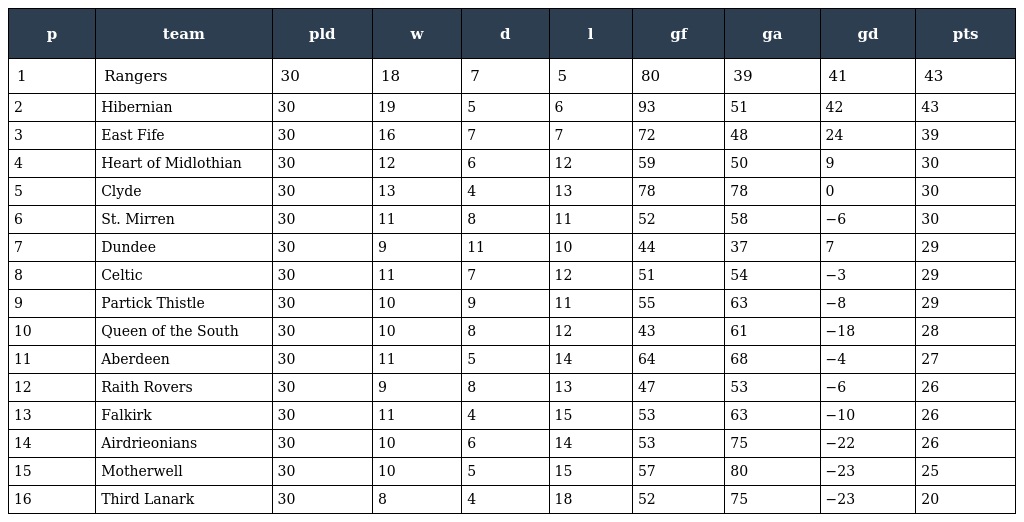
| p | team | pld | w | d | l | gf | ga | gd | pts |
 | --- | --- | --- | --- | --- | --- | --- | --- | --- | --- |
 | 1 | Rangers | 30 | 18 | 7 | 5 | 80 | 39 | 41 | 43 |
 | 2 | Hibernian | 30 | 19 | 5 | 6 | 93 | 51 | 42 | 43 |
 | 3 | East Fife | 30 | 16 | 7 | 7 | 72 | 48 | 24 | 39 |
 | 4 | Heart of Midlothian | 30 | 12 | 6 | 12 | 59 | 50 | 9 | 30 |
 | 5 | Clyde | 30 | 13 | 4 | 13 | 78 | 78 | 0 | 30 |
 | 6 | St. Mirren | 30 | 11 | 8 | 11 | 52 | 58 | −6 | 30 |
 | 7 | Dundee | 30 | 9 | 11 | 10 | 44 | 37 | 7 | 29 |
 | 8 | Celtic | 30 | 11 | 7 | 12 | 51 | 54 | −3 | 29 |
 | 9 | Partick Thistle | 30 | 10 | 9 | 11 | 55 | 63 | −8 | 29 |
 | 10 | Queen of the South | 30 | 10 | 8 | 12 | 43 | 61 | −18 | 28 |
 | 11 | Aberdeen | 30 | 11 | 5 | 14 | 64 | 68 | −4 | 27 |
 | 12 | Raith Rovers | 30 | 9 | 8 | 13 | 47 | 53 | −6 | 26 |
 | 13 | Falkirk | 30 | 11 | 4 | 15 | 53 | 63 | −10 | 26 |
 | 14 | Airdrieonians | 30 | 10 | 6 | 14 | 53 | 75 | −22 | 26 |
 | 15 | Motherwell | 30 | 10 | 5 | 15 | 57 | 80 | −23 | 25 |
 | 16 | Third Lanark | 30 | 8 | 4 | 18 | 52 | 75 | −23 | 20 |